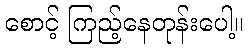
စောင့် ကြည့်နေတုန်းပေါ့။